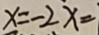
x = - 2 x =